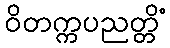
ဝိတက္ကပညတ္တိံ